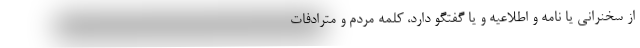
از سخنرانی یا نامه و اطلاعیه و یا گفتگو دارد، کلمه مردم و مترادفات